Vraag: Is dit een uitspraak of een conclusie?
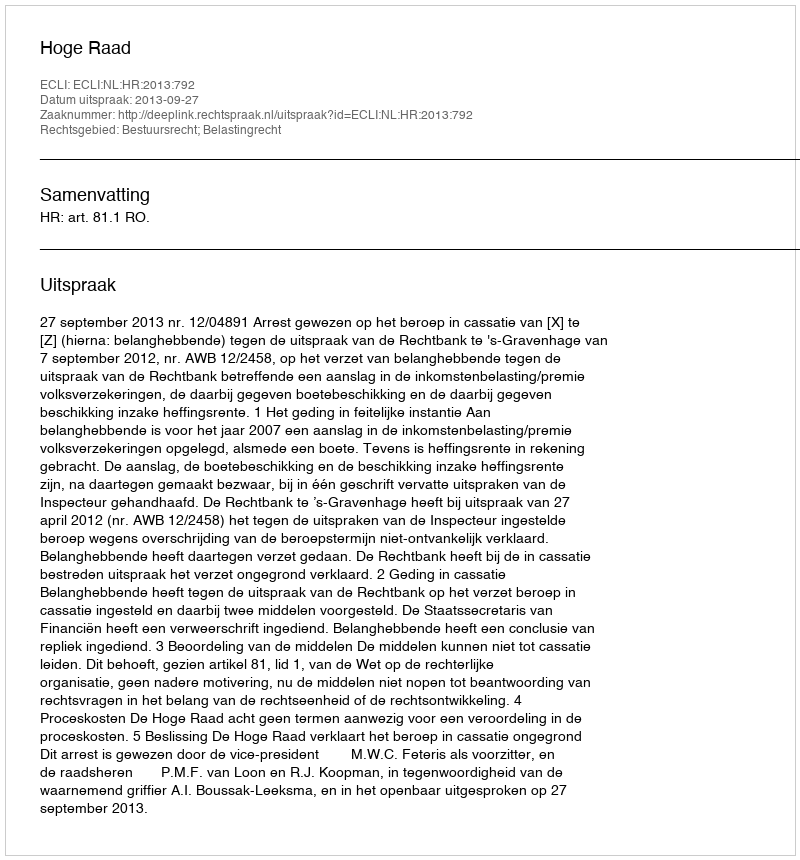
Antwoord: Uitspraak